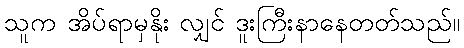
သူက အိပ်ရာမှနိုး လျှင် ဒူးကြီးနာနေတတ်သည်။